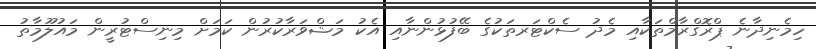
ހިމެނިދާނެ ޕްރޮގްރާމްތަކާއި މެދު ސެކްޓަރތަކުގެ ބޭފުޅުންނާއި އެކު މަޝްވަރާކުރުން ކަމަށް މިނިސްޓުރީން މައުލޫމާތު